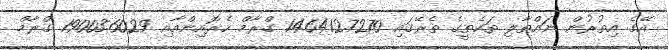
އޭގެ އިތުރުން ނައްތާލި ތަކެތީގެ ތެރޭގައި 146412.7270 ގްރާމް ހެރޮއިންއާއި 19003.6029 ގްރާމް